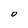
Character: O